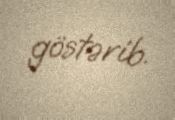
göstərib.